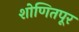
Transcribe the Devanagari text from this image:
शोणितपूर